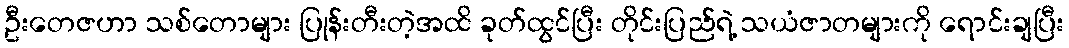
ဦးတေဇဟာ သစ်တောများ ပြုန်းတီးတဲ့အထိ ခုတ်ထွင်ပြီး တိုင်းပြည်ရဲ့ သယံဇာတများကို ရောင်းချပြီး